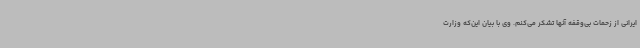
ایرانی از زحمات بی‌وقفه آنها تشکر می‌کنم. وی با بیان این‌که وزارت